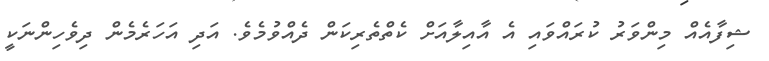
ޝިފާއެއް މިންވަރު ކުރައްވައި އެ އާއިލާއަށް ކެތްތެރިކަން ދެއްވުމެވެ. އަދި އަހަރެމެން ދިވެހިންނަކީ